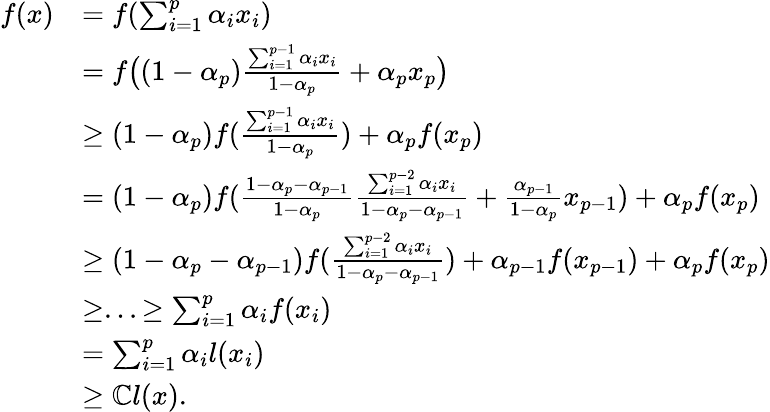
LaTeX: \begin{array}{rl}{f(x)}&{=f(\sum_{i=1}^{p}\alpha_{i}x_{i})}\\ &{=f\bigl((1-\alpha_{p})\frac{\sum_{i=1}^{p-1}\alpha_{i}x_{i}}{1-\alpha_{p}}+\alpha_{p}x_{p}\bigr)}\\ &{\geq(1-\alpha_{p})f(\frac{\sum_{i=1}^{p-1}\alpha_{i}x_{i}}{1-\alpha_{p}})+\alpha_{p}f(x_{p})}\\ &{=(1-\alpha_{p})f(\frac{1-\alpha_{p}-\alpha_{p-1}}{1-\alpha_{p}}\frac{\sum_{i=1}^{p-2}\alpha_{i}x_{i}}{1-\alpha_{p}-\alpha_{p-1}}+\frac{\alpha_{p-1}}{1-\alpha_{p}}x_{p-1})+\alpha_{p}f(x_{p})}\\ &{\geq(1-\alpha_{p}-\alpha_{p-1})f(\frac{\sum_{i=1}^{p-2}\alpha_{i}x_{i}}{1-\alpha_{p}-\alpha_{p-1}})+\alpha_{p-1}f(x_{p-1})+\alpha_{p}f(x_{p})}\\ &{\geq...\geq\sum_{i=1}^{p}\alpha_{i}f(x_{i})}\\ &{=\sum_{i=1}^{p}\alpha_{i}l(x_{i})}\\ &{\geq\mathbb{C}l(x).}\end{array}